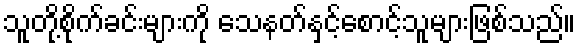
သူတို့စိုက်ခင်းများကို သေနတ်နှင့်စောင့်သူများဖြစ်သည်။